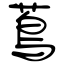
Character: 蔦